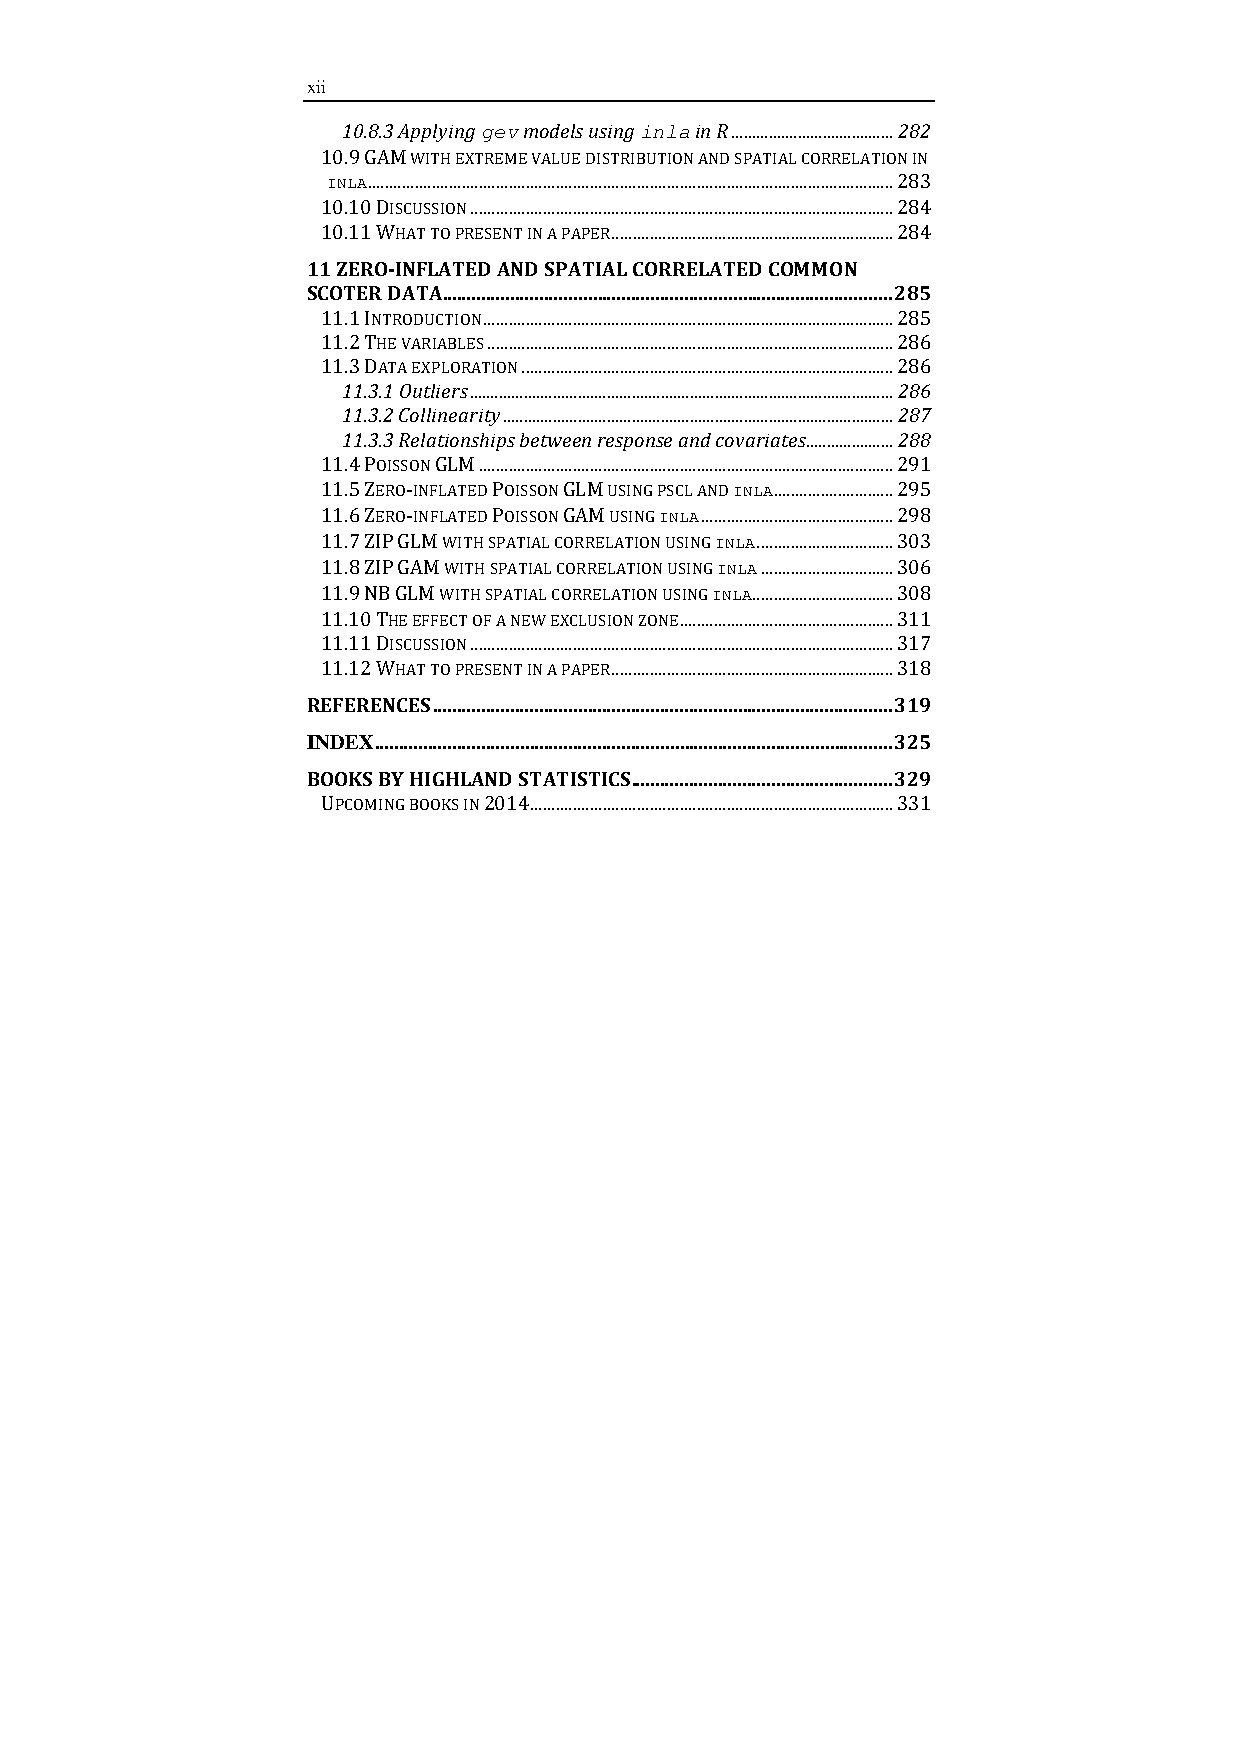
xii
 10.8.3 Applying gev models using inla in R ....................................... 282
 10.9 GAM WITH EXTREME VALUE DISTRIBUTION AND SPATIAL CORRELATION IN
 INLA ........................................................................................................................... 283
 10.10 DISCUSSION ................................................................................................... 284
 10.11 WHAT TO PRESENT IN A PAPER .................................................................. 284
 11 ZERO-­‐INFLATED AND SPATIAL CORRELATED COMMON
 SCOTER DATA ............................................................................................. 285
 11.1 INTRODUCTION ................................................................................................ 285
 11.2 THE VARIABLES ............................................................................................... 286
 11.3 DATA EXPLORATION ....................................................................................... 286
 11.3.1 Outliers ...................................................................................................... 286
 11.3.2 Collinearity .............................................................................................. 287
 11.3.3 Relationships between response and covariates ..................... 288
 11.4 POISSON GLM ................................................................................................. 291
 11.5 ZERO-­‐INFLATED POISSON GLM USING PSCL AND INLA ............................ 295
 11.6 ZERO-­‐INFLATED POISSON GAM USING INLA ............................................. 298
 11.7 ZIP GLM WITH SPATIAL CORRELATION USING INLA ................................ 303
 11.8 ZIP GAM WITH SPATIAL CORRELATION USING INLA ............................... 306
 11.9 NB GLM WITH SPATIAL CORRELATION USING INLA ................................. 308
 11.10 THE EFFECT OF A NEW EXCLUSION ZONE .................................................. 311
 11.11 DISCUSSION ................................................................................................... 317
 11.12 WHAT TO PRESENT IN A PAPER .................................................................. 318
 REFERENCES ............................................................................................... 319
 INDEX ........................................................................................................... 325
 BOOKS BY HIGHLAND STATISTICS ...................................................... 329
 UPCOMING BOOKS IN 2014 ..................................................................................... 331